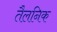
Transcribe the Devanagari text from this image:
तैलनिक